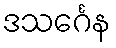
ဒသင်္ဂေန